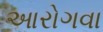
આરોગવા